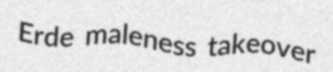
Erde maleness takeover